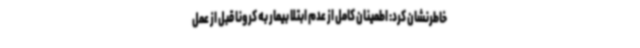
خاطرنشان کرد: اطمینان کامل از عدم ابتلا بیمار به کرونا قبل از عمل